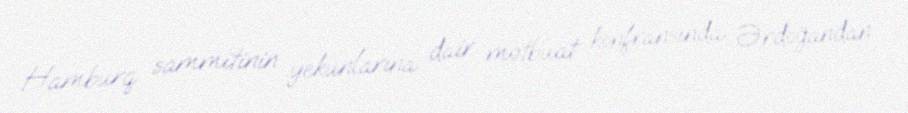
Hamburq sammitinin yekunlarına dair mətbuat konfransında Ərdoğandan